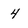
Character: 4